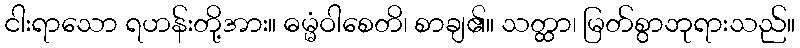
ငါးရာသော ရဟန်းတို့အား။ ဓမ္မံဝါစေတိ၊ စာချ၏။ သတ္ထာ၊ မြတ်စွာဘုရားသည်။